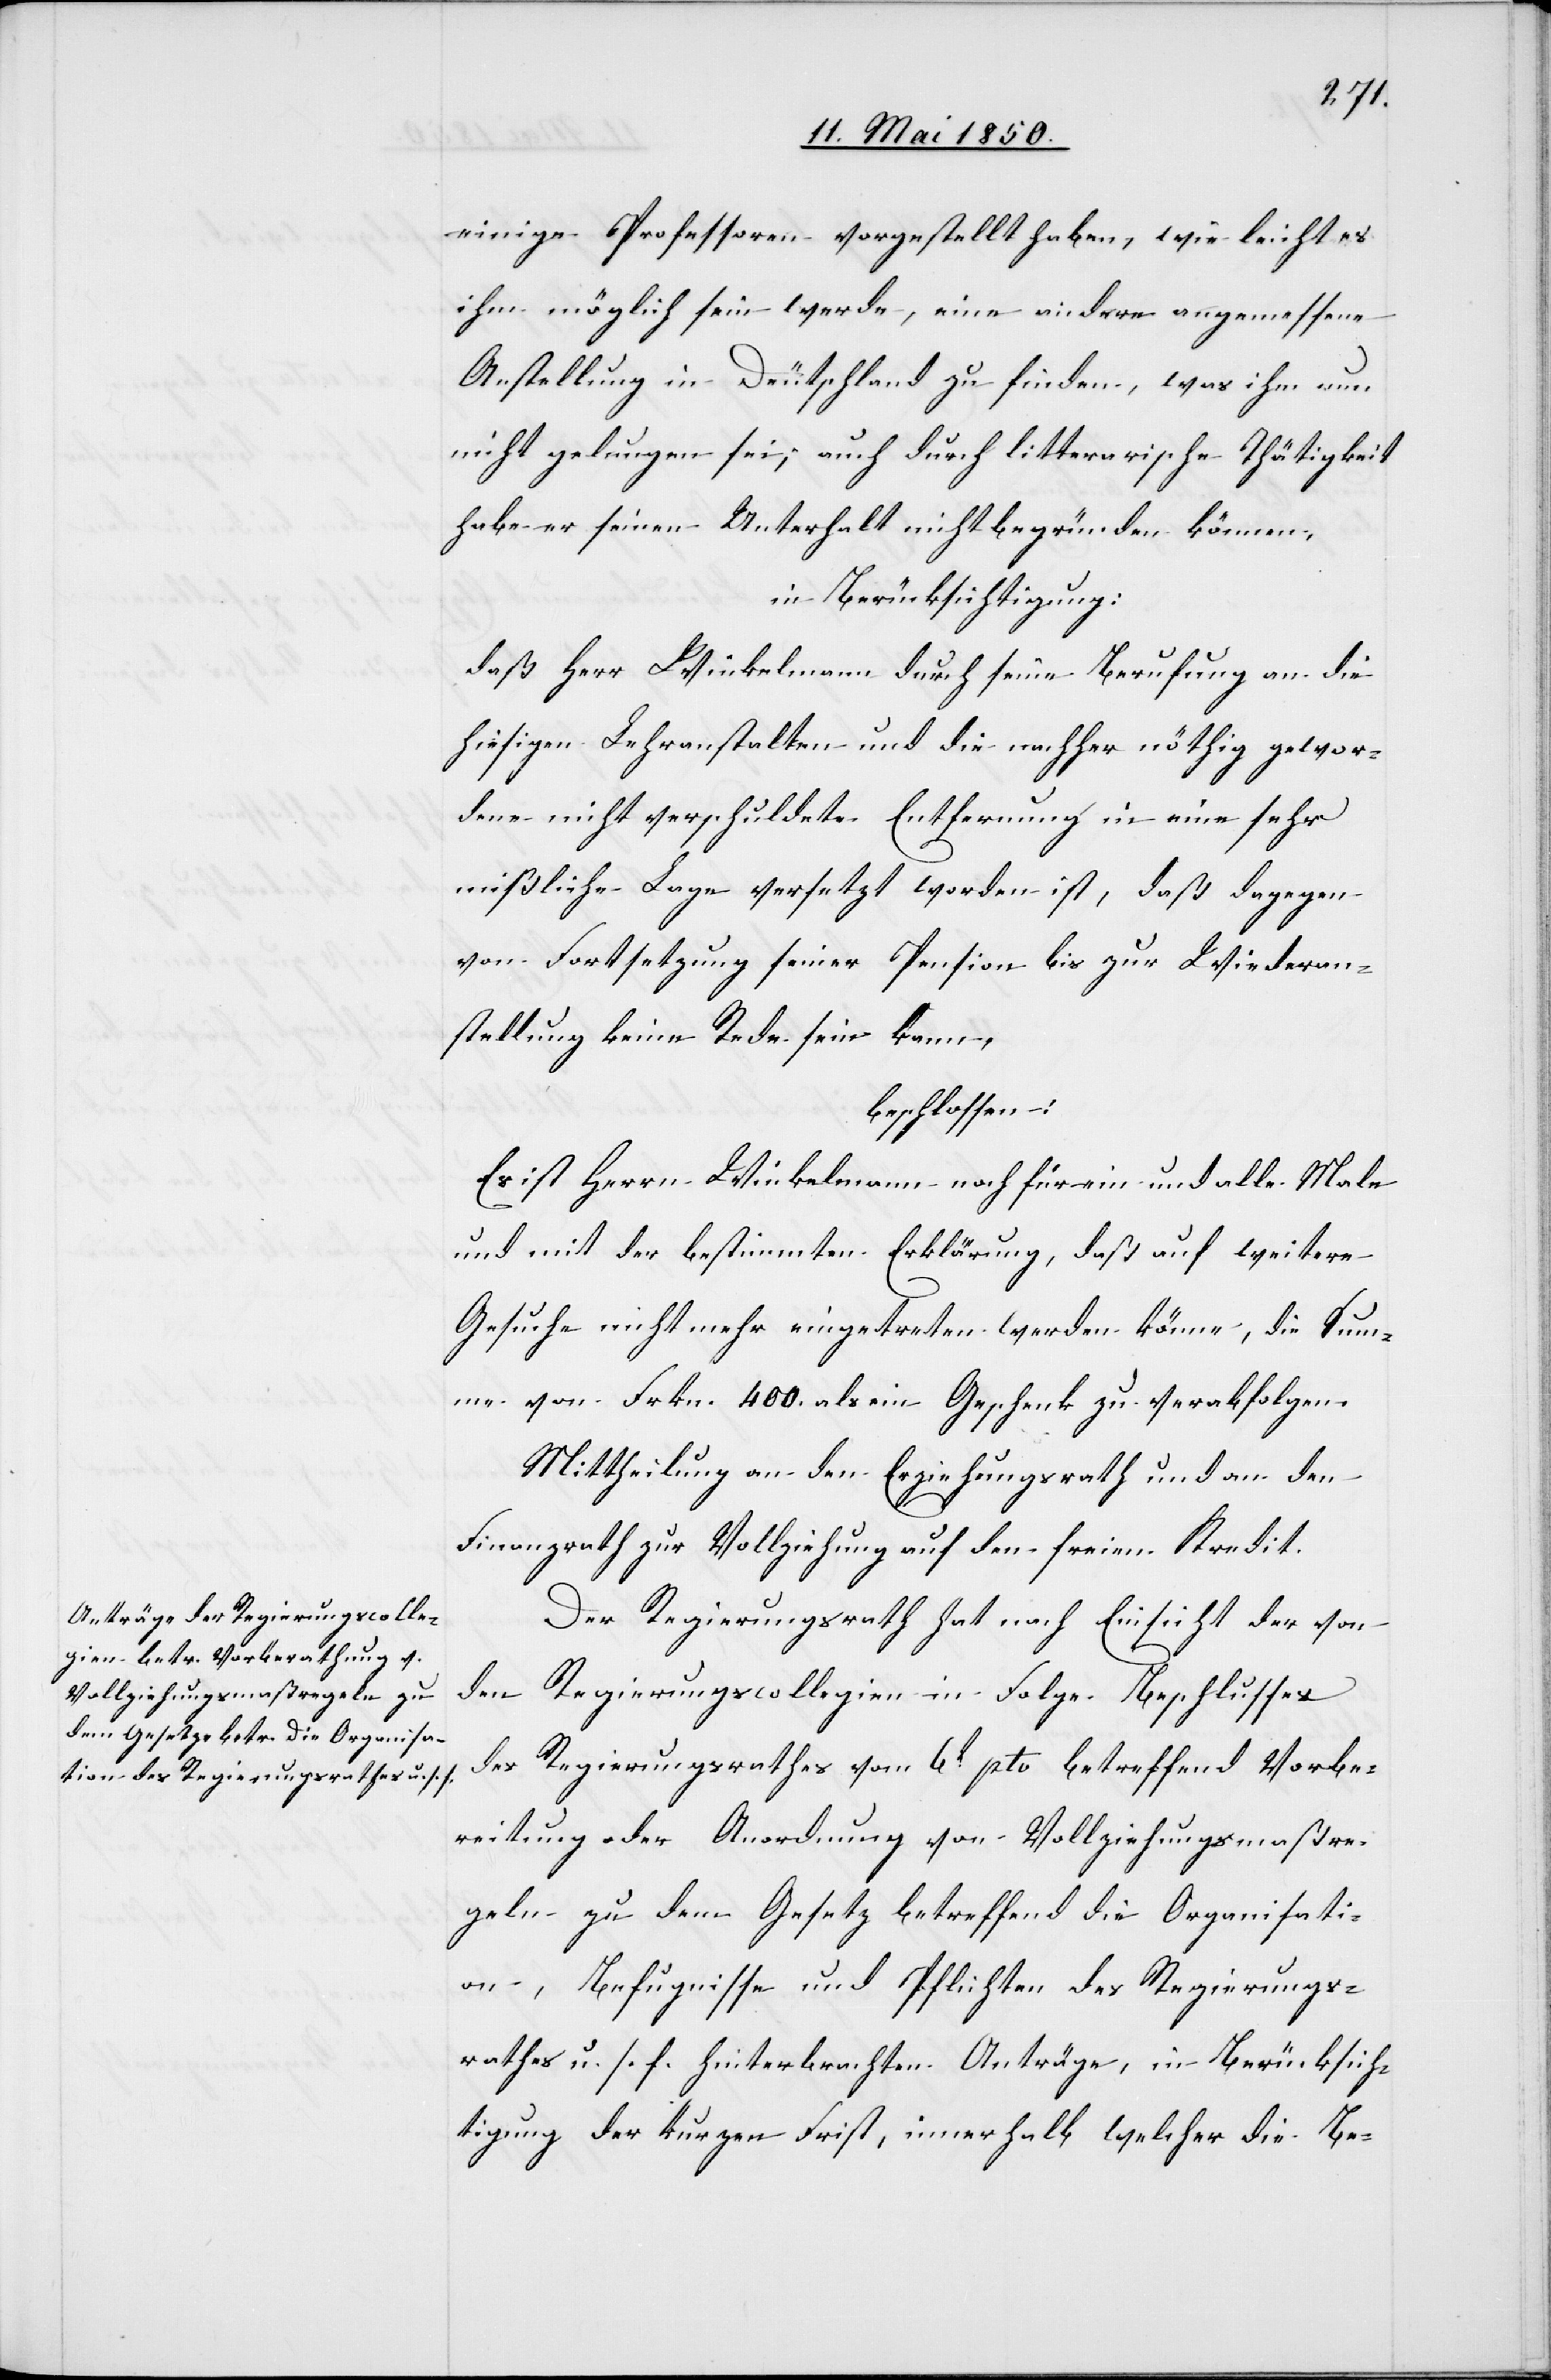
einige Professoren vorgestellt haben, wie leicht es
ihm möglich sein werde, eine andere angemessene
Anstellung in Deutschland zu finden, was ihm nun
nicht gelungen sei; auch durch litterarische Thätigkeit
habe er seinen Unterhalt nicht begründen können,
in Berücksichtigung:
daß Herr Winkelmann durch seine Berufung an die
hiesigen Lehranstalten und die nachher nöthig gewor¬
dene nicht verschuldete Entfernung in eine sehr
mißliche Lage versetzt worden ist, daß dagegen
von Fortsetzung seiner Pension bis zur Wiederan¬
stellung keine Rede sein kann,
beschlossen:
Es ist Herr Winkelmann noch für ein und alle Male
und mit der bestimmten Erklärung, daß auf weitere
Gesuche nicht mehr eingetreten werden könne, die Sum¬
me von Frkn. 400. als ein Geschenk zu verabfolgen.
Mittheilung an den Erziehungsrath und an den
Finanzrath zur Vollziehung auf den freien Kredit.
Der Regierungsrath hat nach Einsicht der von
den Regierungscollegien in Folge Beschlusses
des Regierungsrathes vom 6t pto betreffend Vorbe¬
reitung oder Anordnung von Vollziehungsmaßre¬
geln zu dem Gesetz betreffend die Organisati¬
on, Befugnisse und Pflichten des Regierungs¬
rathes u. s. f. hinterbrachten Anträge, in Berücksich¬
tigung der kurzen Frist, innerhalb welcher die Be-